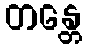
တန္တေ